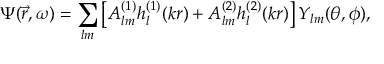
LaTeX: \Psi ( { \vec { r } } , \omega ) = \sum _ { l m } \left[ A _ { l m } ^ { ( 1 ) } h _ { l } ^ { ( 1 ) } ( k r ) + A _ { l m } ^ { ( 2 ) } h _ { l } ^ { ( 2 ) } ( k r ) \right] Y _ { l m } ( \theta , \phi ) ,